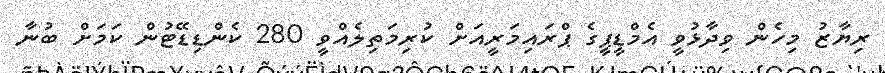
ރިޔާޒު މިހެން ވިދާޅުވީ އެމްޑީޕީގެ ޕްރައިމަރީއަށް ކުރިމަތިލެއްވީ 280 ކެންޑިޑޭޓުން ކަމަށް ބުނާ